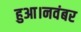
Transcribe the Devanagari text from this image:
हुआ।नवंबर